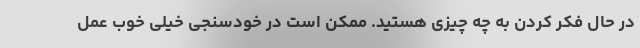
در حال فکر کردن به چه چیزی هستید. ممکن است در خودسنجی خیلی خوب عمل